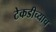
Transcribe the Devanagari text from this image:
टेकडीच्याच